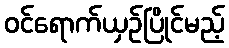
ဝင်ရောက်ယှဉ်ပြိုင်မည့်